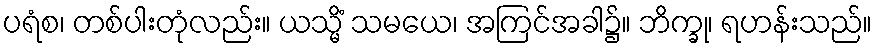
ပရံစ၊ တစ်ပါးတုံလည်း။ ယသ္မိံ သမယေ၊ အကြင်အခါ၌။ ဘိက္ခု၊ ရဟန်းသည်။